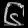
Digit: ၆